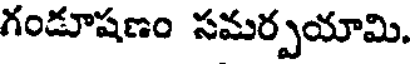
గండూషణం సమర్పయామి.